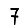
Digit: 7